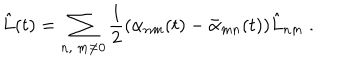
LaTeX: \hat { L } ( t ) = \sum _ { n , \ m \neq 0 } { \frac { 1 } { 2 } } ( \alpha _ { n m } ( t ) - \bar { \alpha } _ { m n } ( t ) ) \hat { L } _ { n m } \ .